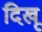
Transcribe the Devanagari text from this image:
दिखू